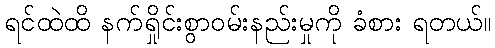
ရင်ထဲထိ နက်ရှိုင်းစွာဝမ်းနည်းမှုကို ခံစား ရတယ်။